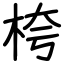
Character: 桍